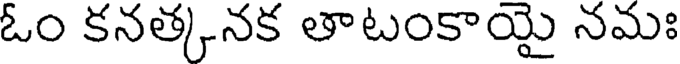
ఓం కనత్కనక తాటంకాయై నమః